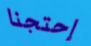
إحتجنا